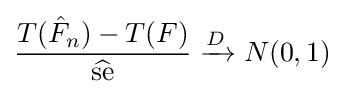
{\frac {T({\hat {F}}_{n})-T(F)}{\widehat {\text{se}}}}\xrightarrow {D} N(0,1)